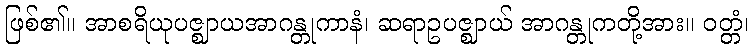
ဖြစ်၏။ အာစရိယုပဇ္ဈာယအာဂန္တုကာနံ၊ ဆရာဥပဇ္ဈာယ် အာဂန္တုကတို့အား။ ဝတ္တံ၊